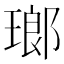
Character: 瑯